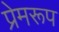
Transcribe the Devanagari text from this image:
प्रेमरूप